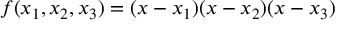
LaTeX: f ( x _ { 1 } , x _ { 2 } , x _ { 3 } ) = ( x - x _ { 1 } ) ( x - x _ { 2 } ) ( x - x _ { 3 } )